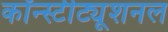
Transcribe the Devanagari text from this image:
कॉन्स्टीट्यूशनल